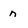
Character: n